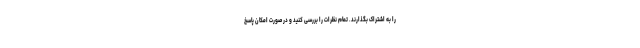
را به اشتراک بگذارند. تمام نظرات را بررسی کنید و در صورت امکان پاسخ